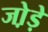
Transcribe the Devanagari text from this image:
जो़ड़े